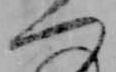
つ